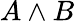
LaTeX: A\land B